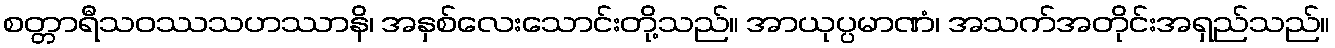
စတ္တာရီသဝဿသဟဿာနိ၊ အနှစ်လေးသောင်းတို့သည်။ အာယုပ္ပမာဏံ၊ အသက်အတိုင်းအရှည်သည်။